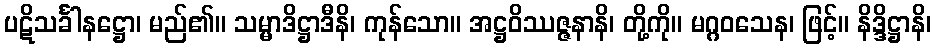
ပဋိသင်္ခါနဋ္ဌော၊ မည်၏။ သမ္မာဒိဋ္ဌာဒီနိ၊ ကုန်သော။ အဋ္ဌဝိဿဇ္ဇနာနိ၊ တို့ကို။ မဂ္ဂဝသေန၊ ဖြင့်။ နိဒ္ဒိဋ္ဌာနိ၊